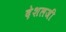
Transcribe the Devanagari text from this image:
देशलजी